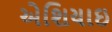
એશિયાઇ